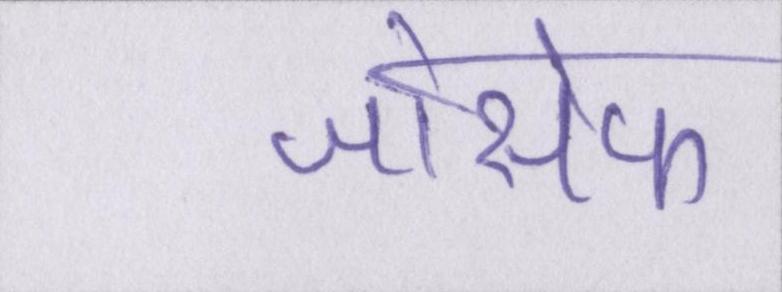
जोसेफ